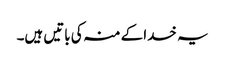
یہ خدا کے منہ کی باتیں ہیں۔